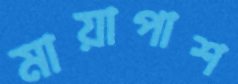
মায়াপাশ